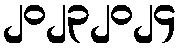
၂၀၂၃၂၀၂၄